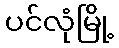
ပင်လုံမြို့